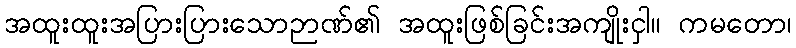
အထူးထူးအပြားပြားသောဉာဏ်၏ အထူးဖြစ်ခြင်းအကျိုးငှါ။ ကမတော၊